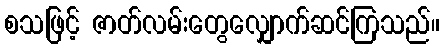
စသဖြင့် ဇာတ်လမ်းတွေလျှောက်ဆင်ကြသည်။